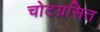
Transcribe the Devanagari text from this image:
चोटग्रसित